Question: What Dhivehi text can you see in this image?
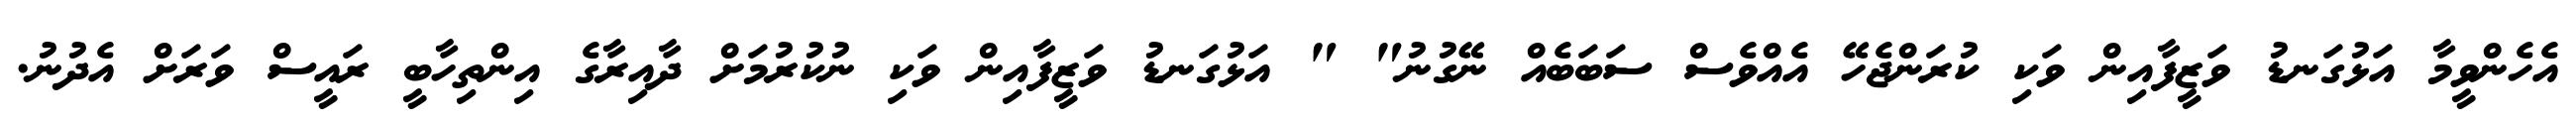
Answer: އެހެންވީމާ އަޅުގަނޑު ވަޒީފާއިން ވަކި ކުރަންޖެހޭ އެއްވެސް ސަބަބެއް ނޭގުނު" " އަޅުގަނޑު ވަޒީފާއިން ވަކި ނުކުރުމަށް ދާއިރާގެ އިންތިހާބީ ރައީސް ވަރަށް އެދުނު.